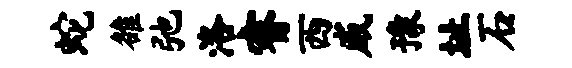
蛇雒弛洛睿西威豫址石